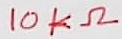
Text: 10KΩ